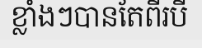
ខ្លាំងៗបានតែពីរបី